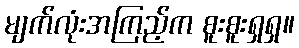
မျက်လုံးအကြည့်က စူးစူးရှရှ။